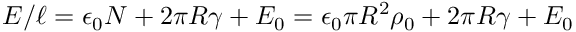
E / \ell = \epsilon _ { 0 } { \cal N } + 2 \pi R \gamma + E _ { 0 } = \epsilon _ { 0 } \pi R ^ { 2 } \rho _ { 0 } + 2 \pi R \gamma + E _ { 0 }